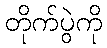
တိုက်ပွဲကို